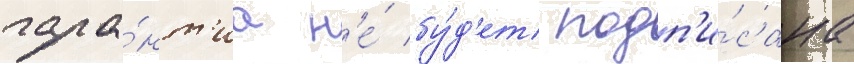
гара́нт'иа н'е́ бу́д'ет подп'и́сана